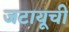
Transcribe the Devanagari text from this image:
जटायूची